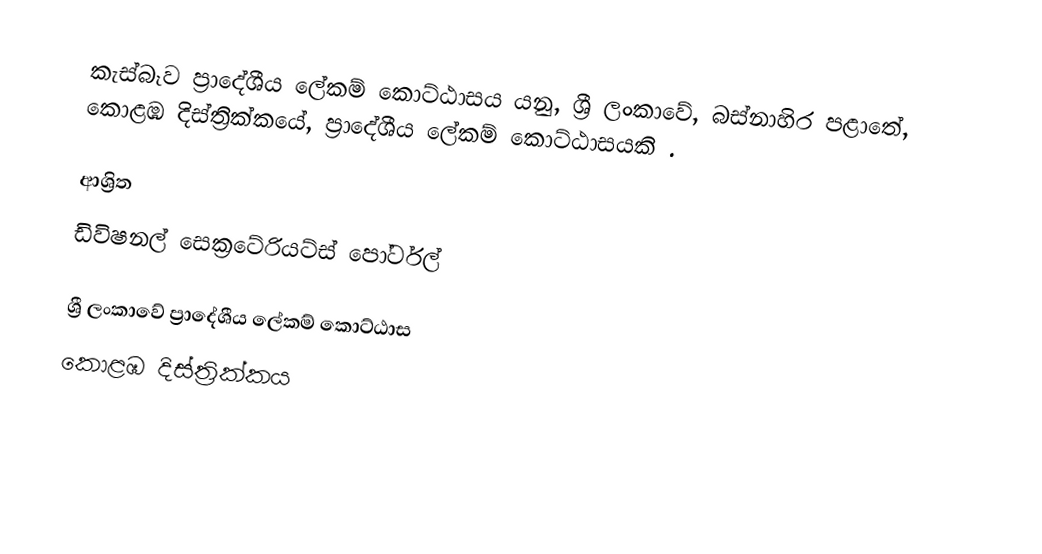
කැස්බෑව ප්‍රාදේශීය ලේකම් කොට්ඨාසය යනු,  ශ්‍රී ලංකාවේ, බස්නාහිර පළාතේ,   කොළඹ දිස්ත්‍රික්කයේ, ප්‍රාදේශීය ලේකම් කොට්ඨාසයකි .

ආශ්‍රිත
 ඩිවිෂනල් සෙක්‍රටේරියට්ස් පෝර්ටල්

ශ්‍රී ලංකාවේ ප්‍රාදේශීය ලේකම් කොට්ඨාස
කොළඹ දිස්ත්‍රික්කය